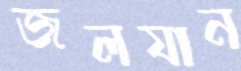
জলযান